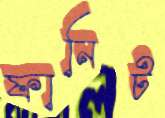
ফানিট